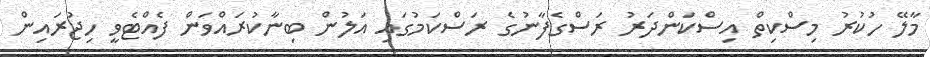
މާލޭ ހުކުރު މިސްކިތް އިސްކަންދަރު ރަސްގެފާނުގެ ރަސްކަމުގައި އަލުން ބިނާކުރައްވަން ފެއްޓެވީ ހިޖުރައިން